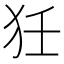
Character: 狅